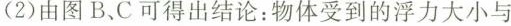
(2)由图B、C可得出结论：物体受到的浮力大小与